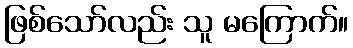
ဖြစ်သော်လည်း သူ မကြောက်။